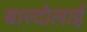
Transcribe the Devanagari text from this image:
बारदोलाई